system: You are a helpful assistant.
user:
Analyze the provided spectrum to determine if it is a **"Cataclysmic Variables (CV)"**.

- **Key Indicators for CV (Check for either state):**
    - **State 1: Quiescent / Low-State (Emission-Dominated)**
        - **(Primary):** Strong and *very broad* Hydrogen Balmer emission lines (e.g., $H\alpha$ at 6563 Å, $H\beta$ at 4861 Å). The 'broadness' (high velocity dispersion, often FWHM > 1000 km/s) is the key diagnostic, indicating a high-velocity accretion disk.
        - **(Secondary):** Broad neutral Helium (He I) emission lines (e.g., 5876 Å, 6678 Å).
        - **(Key Confirmation):** Presence of high-excitation *ionized* Helium (He II) emission at 4686 Å. This is a strong indicator of accretion onto a white dwarf.
        - **(Line Profile):** Emission lines may exhibit a 'double-peaked' profile, which is a classic signature of a rotating accretion disk viewed at high inclination.

    - **State 2: Outburst / High-State (Absorption-Dominated)**
        - **(Primary):** Spectrum is dominated by a bright, blue continuum (looks like a hot star).
        - **(Secondary):** The emission lines from State 1 are weak, absent, or 'filled in', and are replaced by broad, shallow *absorption* lines (primarily Balmer and He I).
        - **(Morphology):** The overall spectrum mimics a hot B/A-type star. The crucial difference is that the absorption lines are significantly broader, shallower, and more 'washed-out' (or 'smeared') than the sharp lines of a normal stellar photosphere, due to high rotational speeds and pressure broadening in the disk.

Think first, call **spectral_visualization_tool** if needed to examine features in detail, then provide your final answer. Your response must adhere to the following strict rules:
1.  **Overall Structure:** Your response must follow the format `<think>...</think> <tool_call>...</tool_call> (if a tool is used) <answer>...</answer>`.
2.  **Tool Usage Constraint:** You may only make **one** tool call per turn.
3.  **Final Answer Format:** In the `<answer>` tag, your conclusion must be inside a `\boxed{}` command (e.g., `\boxed{YES}`), followed by your justification.

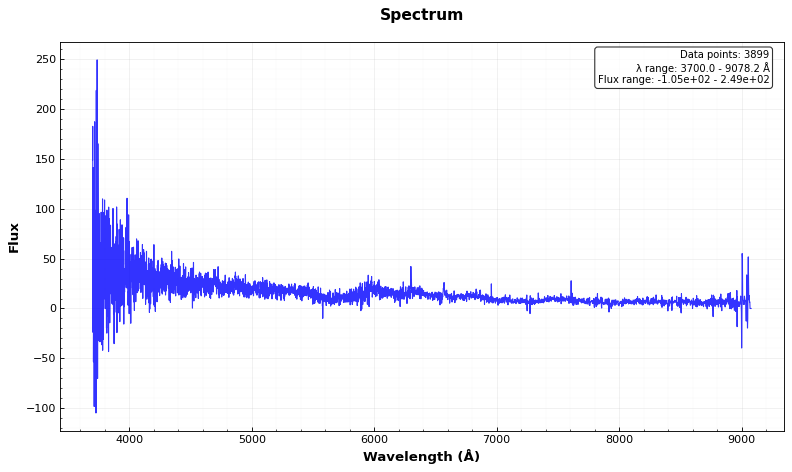
Answer: YES